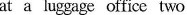
at a luggage office two